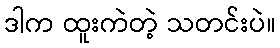
ဒါက ထူးကဲတဲ့ သတင်းပဲ။